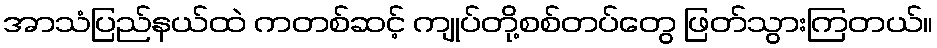
အာသံပြည်နယ်ထဲ ကတစ်ဆင့် ကျုပ်တို့စစ်တပ်တွေ ဖြတ်သွားကြတယ်။